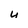
Character: 4